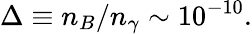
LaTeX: \Delta\equiv n_{B}/n_{\gamma}\sim 10^{-10}.